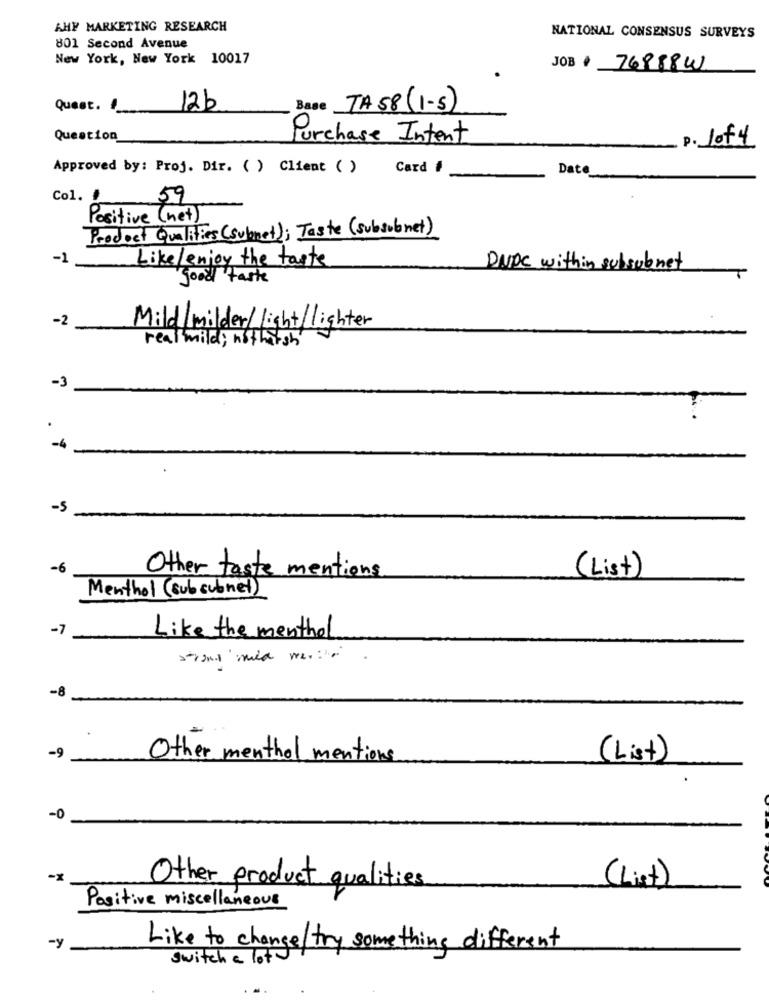
AHY MARKETING RESEARCH
NATIONAL CONSENSUS SURVEYS
801 Second Avenue
New York, New York 10017
JOB . 769884
Quest. !
12b
Base TA 58 (1-5)
Question
Purchase Intent
P. 1of4
Approved by: Proj. Dir. ( ) Client ( )
Card #
Date
Col. #
59
Positive (net)
Product Qualities (subnet); Taste (subsubnet)
-1
Like/enjoy the taste
DNDC within subsubnet
good taste
-2
Mild/milder/ light/lighter
real mild; notharsh
-3
-4
-6
Other taste mentions
( List )
Menthol (sub subnet)
-7
Like the menthol
strand mild ner.
-8
-9
Other menthol mentions
( List )
-0
Other product qualities
(List)
Positive miscellaneous
Like to change/try something different
switch a lot